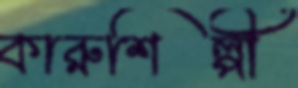
কারুশিল্পী